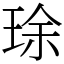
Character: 㻌